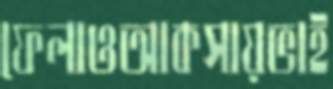
ফেলাওআকসায়ভাই